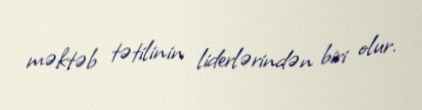
məktəb tətilinin liderlərindən biri olur.